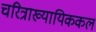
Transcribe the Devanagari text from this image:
चरित्राख्यायिककल